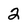
Character: 2